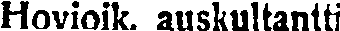
Hovioik. auskultantti